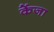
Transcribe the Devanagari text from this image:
केंजा